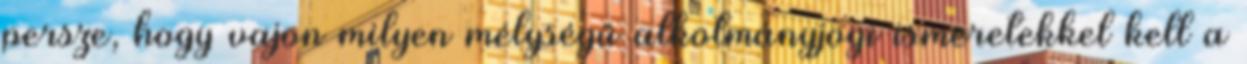
persze, hogy vajon milyen mélységű alkotmányjogi ismeretekkel kell a